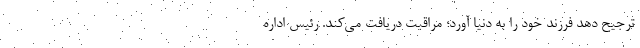
ترجیح دهد فرزند خود را به دنیا آورد؛ مراقبت دریافت می‌کند. رئیس اداره